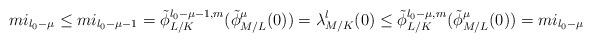
LaTeX: \begin{align*} mi_{l_0-\mu}\le mi_{l_0-\mu-1}=\tilde{\phi}_{L/K}^{l_0-\mu-1,m}(\tilde{\phi}_{M/L}^{\mu}(0))=\lambda_{M/K}^l(0)\le\tilde{\phi}_{L/K}^{l_0-\mu,m}(\tilde{\phi}_{M/L}^{\mu}(0))=mi_{l_0-\mu}\end{align*}